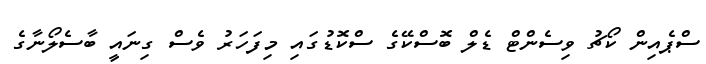
ސްޕެއިން ކޯޗު ވިސެންޓް ޑެލް ބޮސްކޭގެ ސްކޮޑުގައި މިފަހަރު ވެސް ގިނައީ ބާސެލޯނާގެ